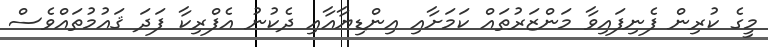
މީގެ ކުރިން ފެނިފަައިވާ މަންޒަރުތައް ކަމަށާއި އިންޑިޔާއާއި ދެކުނު އެފްރިކާ ފަދަ ޤައުމުތައްވެސް